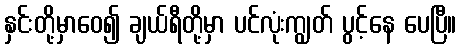
နှင်းတို့မှာဝေ၍ ချယ်ရီတို့မှာ ပင်လုံးကျွတ် ပွင့်နေ ပေပြီ။